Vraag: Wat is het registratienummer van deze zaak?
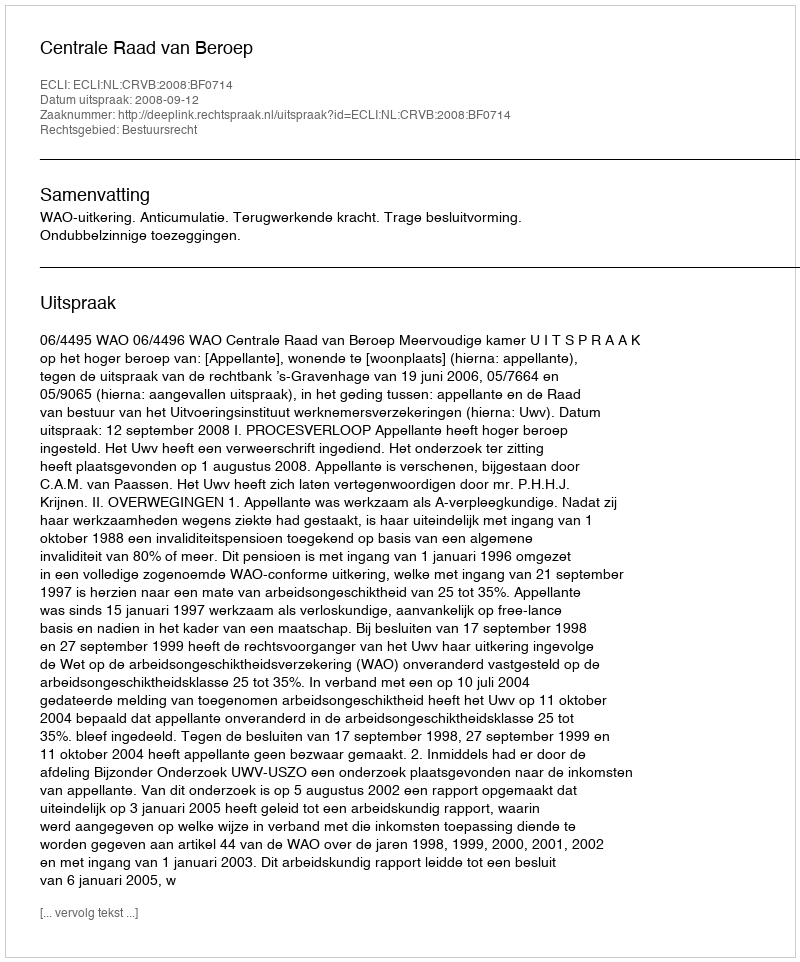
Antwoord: http://deeplink.rechtspraak.nl/uitspraak?id=ECLI:NL:CRVB:2008:BF0714